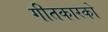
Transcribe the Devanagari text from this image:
गीतकारको